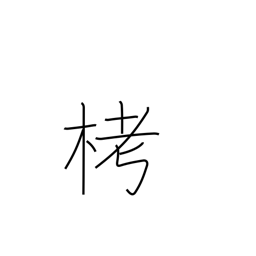
Meaning: cloth woven from tree fibres